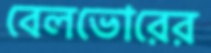
বেলভোরের